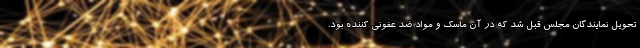
تحویل نمایندگان مجلس قبل شد که در آن ماسک و مواد ضد عفونی کننده بود.